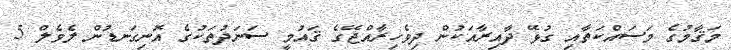
މަޤާމުގެ މަސައްކަތާއި ގުޅޭ ދާއިރާއަކުން ދިވެހިރާއްޖޭގެ ޤައުމީ ސަނަދުތަކުގެ އޮނިގަނޑުން ލެވެލް 5